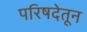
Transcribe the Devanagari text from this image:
परिषदेतून